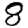
Digit: 8